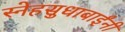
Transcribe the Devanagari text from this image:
स्नेहसुधाबाईंनी